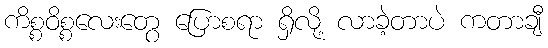
ကိစ္စဝိစ္စလေးတွေ ပြောစရာ ရှိလို့ လာခဲ့တာပဲ ကတာချီ